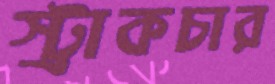
স্ট্রাকচার